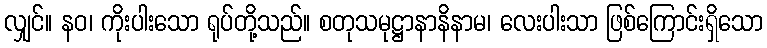
လျှင်။ နဝ၊ ကိုးပါးသော ရုပ်တို့သည်။ စတုသမုဋ္ဌာနာနိနာမ၊ လေးပါးသာ ဖြစ်ကြောင်းရှိသော